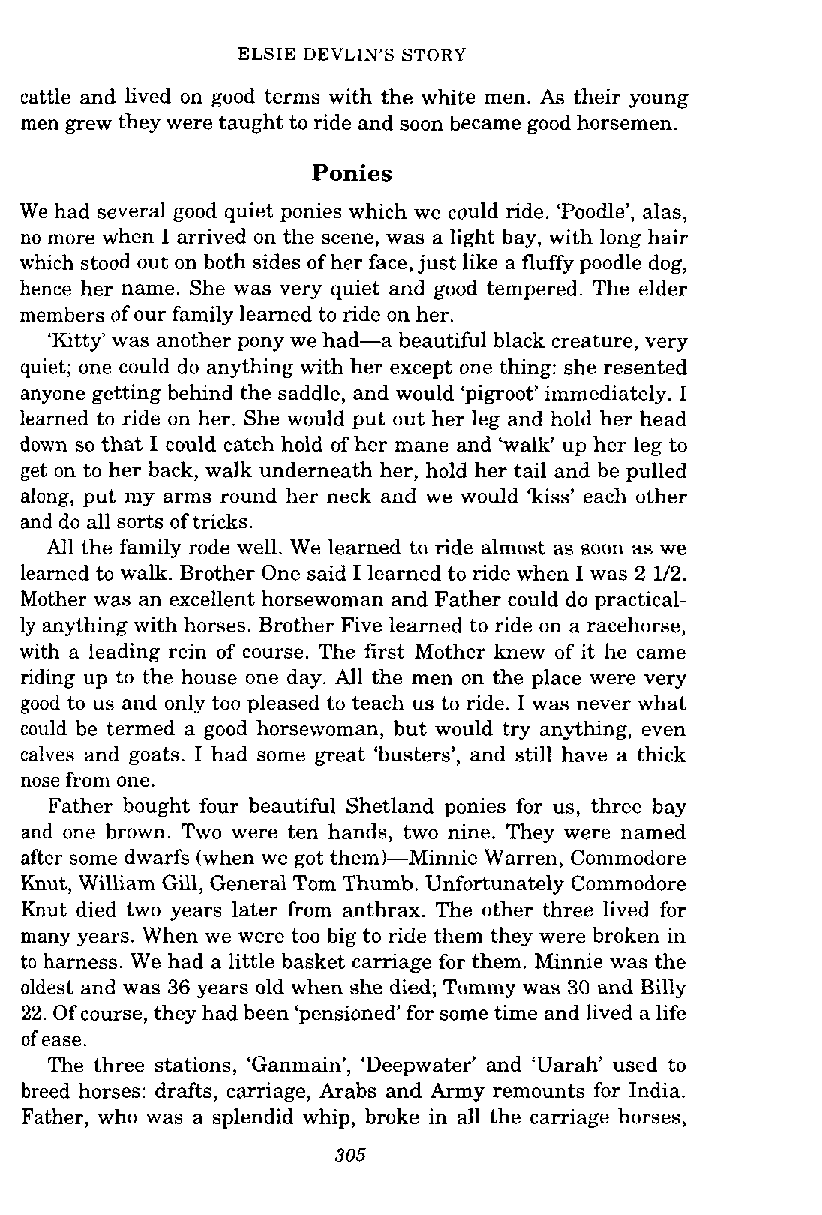
ELSIE DEVLIN'S STORY
 cattle and lived on good terms with the white men. As their young
 men grew they were taught to ride and soon became good horsemen.
 Ponies
 We had several good quiet ponies which we could ride. 'Poodle', alas,
 no more when I arrived on the scene, was a light bay, with long hair
 which stood out on both sides of her face, just like a fluffy poodle dog,
 hence her name. She was very quiet and good tempered. The elder
 members of our family learned to ride on her.
 'Kitty' was another pony we had-a beautiful black creature, very
 quiet; one could do anything with her except one thing: she resented
 anyone getting behind the saddle, and would 'pigroot' immediately. I
 learned to ride on her. She would put out her leg and hold her head
 down so that I could catch hold of her mane and 'walk' up her leg to
 get on to her back, walk underneath her, hold her tail and be pulled
 along, put my arms round her neck and we would 'kiss' each other
 and do all sorts of tricks.
 All the family rode well. We learned to ride almost as soon as we
 learned to walk. Brother One said I learned to ride when I was 2 112.
 Mother was an excellent horsewoman and Father could do practical-
 ly anything with horses. Brother Five learned to ride on a racehorse,
 with a leading rein of course. The first Mother knew of it he came
 riding up to the house one day. All the men on the place were very
 good to us and only too pleased to teach us to ride. I was never what
 could be termed a good horsewoman, but would try anything, even
 calves and goats. I had some great 'busters', and still have a thick
 nose from one.
 Father bought four beautiful Shetland ponies for us, three bay
 and one brown. Two were ten hands, two nine. They were named
 after some dwarfs (when we got them)-Minnie Warren, Commodore
 Knut, William Gill, General Tom Thumb. Unfortunately Commodore
 Knut died two years later from anthrax. The other three lived for
 many years. When we were too big to ride them they were broken in
 to harness. We had a little basket carriage for them. Minnie was the
 oldest and was 36 years old when she died; Tommy was 30 and Billy
 22. Of course, they had been 'pensioned' for some time and lived a life
 of ease.
 The three stations, 'Ganmain', 'Deepwater' and 'Uarah' used to
 breed horses: drafts, carriage, Arabs and Army remounts for India.
 Father, who was a splendid whip, broke in all the carriage horses,
 305